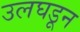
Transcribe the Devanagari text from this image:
उलघडून